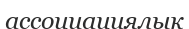
ассоциациялык